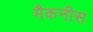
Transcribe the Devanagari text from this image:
मैकनीस